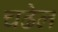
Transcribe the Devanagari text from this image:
चढेल